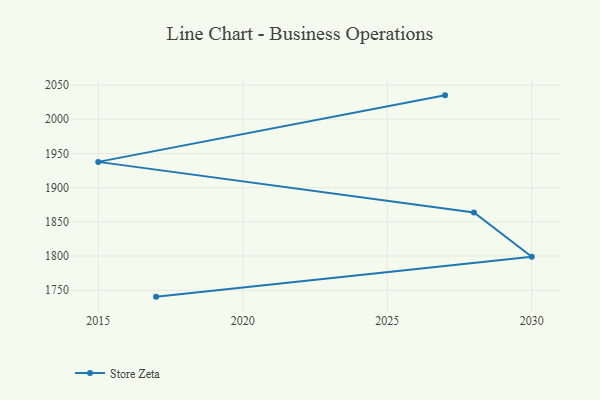
{"axis": {"x": "Year", "y": "Net Income (USD K)"}, "legend": ["Store Zeta"], "data": [{"x": "2027", "y": 2035.0, "type": "Store Zeta"}, {"x": "2015", "y": 1937.7, "type": "Store Zeta"}, {"x": "2028", "y": 1863.7, "type": "Store Zeta"}, {"x": "2030", "y": 1799.0, "type": "Store Zeta"}, {"x": "2017", "y": 1740.6, "type": "Store Zeta"}]}